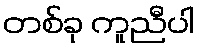
တစ်ခု ကူညီပါ